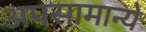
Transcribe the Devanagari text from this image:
अपसामान्ये